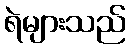
ရဲများသည်